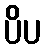
ပိပ